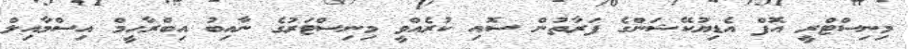
މިނިސްޓްރީ އޮފް އެޑިޔުކޭޝަންގެ ފަރާތުން ސޮއި ކުރެއްވީ މިނިސްޓަރުގެ ނާއިބު އިބްރާހީމް އިސްމާއިލް